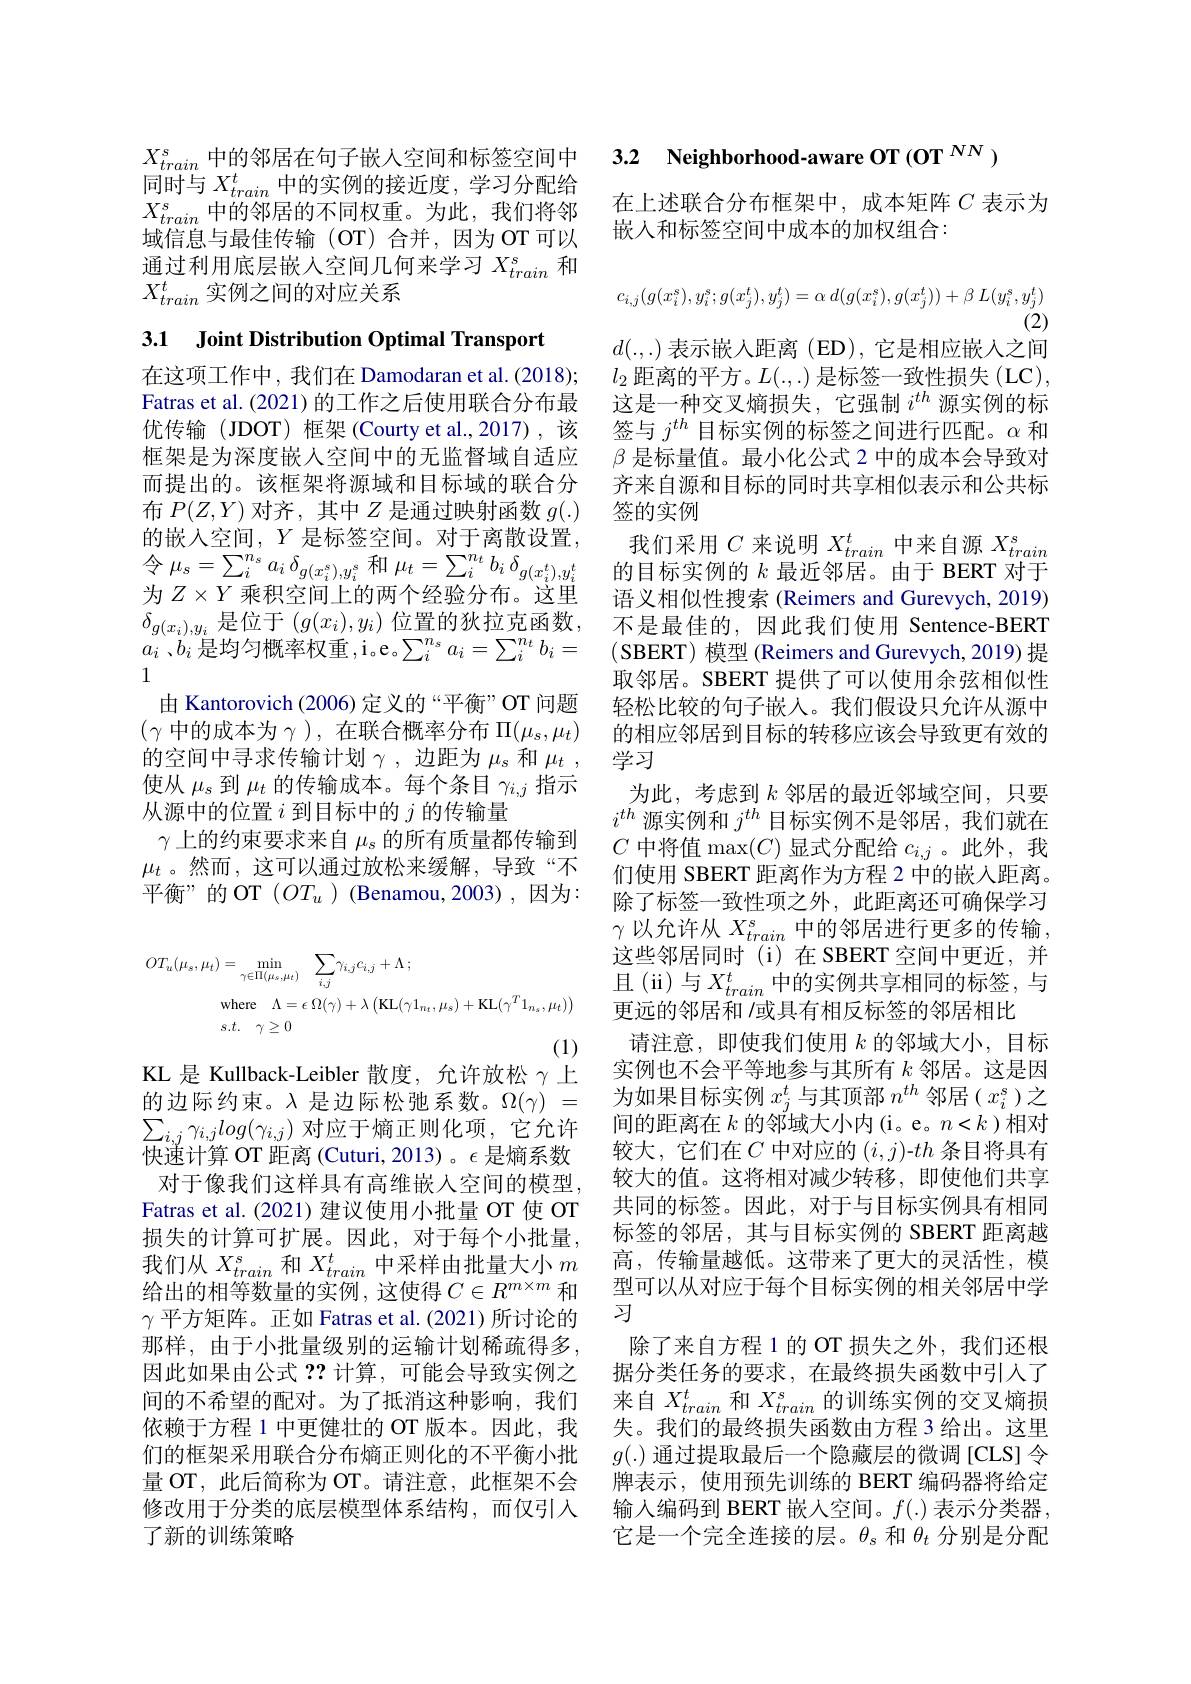
$X_{train}^s$中的邻居在句子嵌人空间和标签空间中同时与$X_{train}^t$中的实例的接近度，学习分配给$X_{train}^s$中的邻居的不同权重。为此，我们将邻域信息与最佳传输(OT)合并，因为OT可以通过利用底层嵌入空间几何来学习$X_train^s$和$X_{train}^t$实例之间的对应关系

## 3.1 Joint Distribution Optimal Transport

在这项工作中，我们在 Damodaran et al. (2018); Fatras et al. (2021) 的工作之后使用联合分布最优传输(JDOT)框架(Courty et al.,2017),该框架是为深度嵌人空间中的无监督域自适应而提出的。该框架将源域和目标域的联合分布$P(Z,Y)$对齐，其中$Z$是通过映射函数$g(.)$ 的嵌入空间，$Y$是标签空间。对于离散设置， $令$ $\mu _{s}= \sum _{i}^{n_{s}}$ $a_{i}$ $\delta _{g( x_{i}^{s}) , y_{i}^{s}}$和$\mu _t= \sum _{i}^{n_{t}}$ $b_{i}$ $\delta _{g( x_{i}^{t}) , y_{i}^{t}}$ 为$Z\times Y$乘积空间上的两个经验分布。这里$\delta_{g(x_i),y_i}$是位于$(g(x_i),y_i)$位置的狄拉克函数，不是最佳的，因此我们使用 Sentence-BERT
$a_i$ 、$b_i$是均匀概率权重 ,i。e。$\sum_i^{n_s}a_i=\sum_i^{n_t}b_i=$
1
由 Kantorovich (2006) 定义的“平衡”OT 问题$(\gamma$ 中的成本为$\gamma$ ),在联合概率分布 $\Pi(\mu_s,\mu_t)$ 的空间中寻求传输计划$\gamma$,边距为$\mu_\mathrm{s}$ 和$\mu_t$, 学习
使从$\mu_s$到$\mu_t$的传输成本。每个条目$\gamma_{i,j}$指示
从源中的位置$i$到目标中的$j$的传输量
$\gamma$上的约束要求来自$\mu_s$的所有质量都传输到$\mu_t$。然而，这可以通过放松来缓解，导致“不平衡”的 OT $(OT_{u})$ (Benamou,2003),因为：
$$\begin{aligned}OT_{u}(\mu_{s},\mu_{t})&=\operatorname*{min}_{\gamma\in\Pi(\mu_{s},\mu_{t})}\quad\sum_{i,j}\gamma_{i,j}c_{i,j}+\Lambda\:;\\&\mathrm{where}\quad\Lambda=\epsilon\:\Omega(\gamma)+\lambda\left(\mathrm{KL}(\gamma1_{n_{t}},\mu_{s})+\mathrm{KL}(\gamma^{T}1_{n_{s}},\mu_{t})\right)\\&s.t.\quad\gamma\geq0\end{aligned}$$
KL 是 Kullback-Leibler 散度，允许放松$\gamma$上的边际约束。$\lambda$是边际松弛系数。$\Omega(\gamma)=$ $\sum_{i,j}\gamma_{i,j}log(\gamma_{i,j})$对应于熵正则化项，它允许快速计算 OT 距离 (Cuturi, 2013) 。$\epsilon$是熵系数Fatras et al.(2021)建议使用小批量 OT 使 OT 损失的计算可扩展。因此，对于每个小批量， 我们从$X_{train}^s$和$X_{train}^t$中采样由批量大小$m$ 给出的相等数量的实例，这使得$C\in R^m\times m$和$\gamma$平方矩阵。正如 Fatras et al.(2021)所讨论的那样，由于小批量级别的运输计划稀疏得多， 因此如果由公式？?计算，可能会导致实例之间的不希望的配对。为了抵消这种影响，我们依赖于方程 1 中更健壮的 OT 版本。因此，我们的框架采用联合分布熵正则化的不平衡小批量 OT, 此后简称为 OT。请注意，此框架不会修改用于分类的底层模型体系结构，而仅引入了新的训练策略

3.2 Neighborhood-aware OT (OT $^{NN})$

在上述联合分布框架中，成本矩阵$C$表示为
嵌入和标签空间中成本的加权组合：
$$c_{i,j}(g(x_i^s),y_i^s;g(x_j^t),y_j^t)=\alpha\:d(g(x_i^s),g(x_j^t))+\beta\:L(y_i^s,y_j^t)$$
(2)
$d(.,.)$表示嵌入距离 (ED),它是相应嵌人之间$l_2$距离的平方。$L(.,.)$是标签一致性损失(LC), 这是一种交叉熵损失，它强制$i^{th}$源实例的标签与$j^{th}$目标实例的标签之间进行匹配。$\alpha$和$\beta$是标量值。最小化公式 2 中的成本会导致对齐来自源和目标的同时共享相似表示和公共标签的实例
我们采用$C$来说明$X_train^t$中来自源$X_train$ 的目标实例的$k$最近邻居。由于 BERT 对于语义相似性搜索 (Reimers and Gurevych, 2019) (SBERT) 模型 (Reimers and Gurevych, 2019) 提取邻居。SBERT 提供了可以使用余弦相似性轻松比较的句子嵌人。我们假设只允许从源中的相应邻居到目标的转移应该会导致更有效的为此，考虑到$k$邻居的最近邻域空间，只要$i^{th}$源实例和$j^th$目标实例不是邻居，我们就在$C$中将值 max$(C)$显式分配给$c_i,j$。此外，我们使用 SBERT 距离作为方程 2 中的嵌人距离。除了标签一致性项之外，此距离还可确保学习$\gamma$以允许从$X_train^s$中的邻居进行更多的传输， 这些邻居同时(i)在 SBERT 空间中更近，并且(ii)与$X_train^t$中的实例共享相同的标签，与更远的邻居和 /或具有相反标签的邻居相比
请注意，即使我们使用$k$的邻域大小，目标实例也不会平等地参与其所有$k$邻居。这是因为如果目标实例$x_j^t$与其顶部$n^{th}$邻居($x_i^s$)之间的距离在$k$ 的 邻 域 大 小 内 ( i。e。$n< k$ )相对较大，它们在$C$中对应的$(i,j)$-$th$条目将具有
对于像我们这样具有高维嵌人空间的模型，较大的值。这将相对减少转移，即使他们共享
共同的标签。因此，对于与目标实例具有相同标签的邻居，其与目标实例的 SBERT 距离越高，传输量越低。这带来了更大的灵活性，模型可以从对应于每个目标实例的相关邻居中学习
除了来自方程 1 的 OT 损失之外，我们还根据分类任务的要求，在最终损失函数中引入了来自$X_{train}^t$和$X_{train}^s$的训练实例的交叉熵损失。我们的最终损失函数由方程 3 给出。这里$g(.)$通过提取最后一个隐藏层的微调[CLS]令牌表示，使用预先训练的 BERT 编码器将给定输入编码到 BERT 嵌人空间。$f(.)$表示分类器， 它是一个完全连接的层。$\theta_\mathrm{s}$和$\theta_t$分别是分配